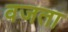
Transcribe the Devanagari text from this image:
वजता